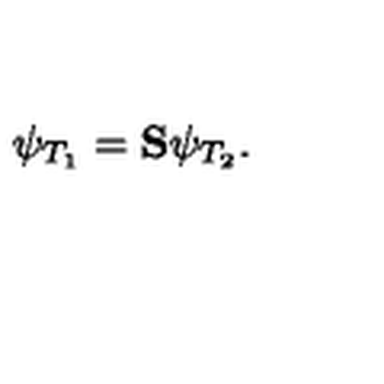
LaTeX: \psi _ { T _ { 1 } } = \mathrm { { \bf S } } \psi _ { T _ { 2 } } .